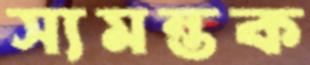
স্যমন্তক